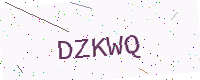
Text: DZKWQ